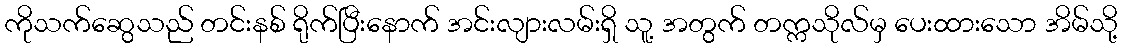
ကိုသက်ဆွေသည် တင်းနစ် ရိုက်ပြီးနောက် အင်းလျားလမ်းရှိ သူ့ အတွက် တက္ကသိုလ်မှ ပေးထားသော အိမ်သို့